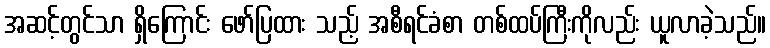
အဆင့်တွင်သာ ရှိကြောင်း ဖော်ပြထား သည့် အစီရင်ခံစာ တစ်ထပ်ကြီးကိုလည်း ယူလာခဲ့သည်။